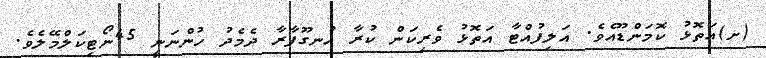
(ށ)އަތޮޅު ކޮމަންޑޫއެވެ. އަލިފުއްޓާ އަތޮޅު ވެރިކަން ކުރާ އުނގޫފާރާ ދެމެދު ހުންނަނީ 45ނޯޓިކަލްމޭލެވެ.